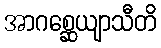
အာဂစ္ဆေယျာသီတိ